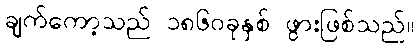
ချက်ကော့သည် ၁၈၆၀ခုနှစ် ဖွားဖြစ်သည်။